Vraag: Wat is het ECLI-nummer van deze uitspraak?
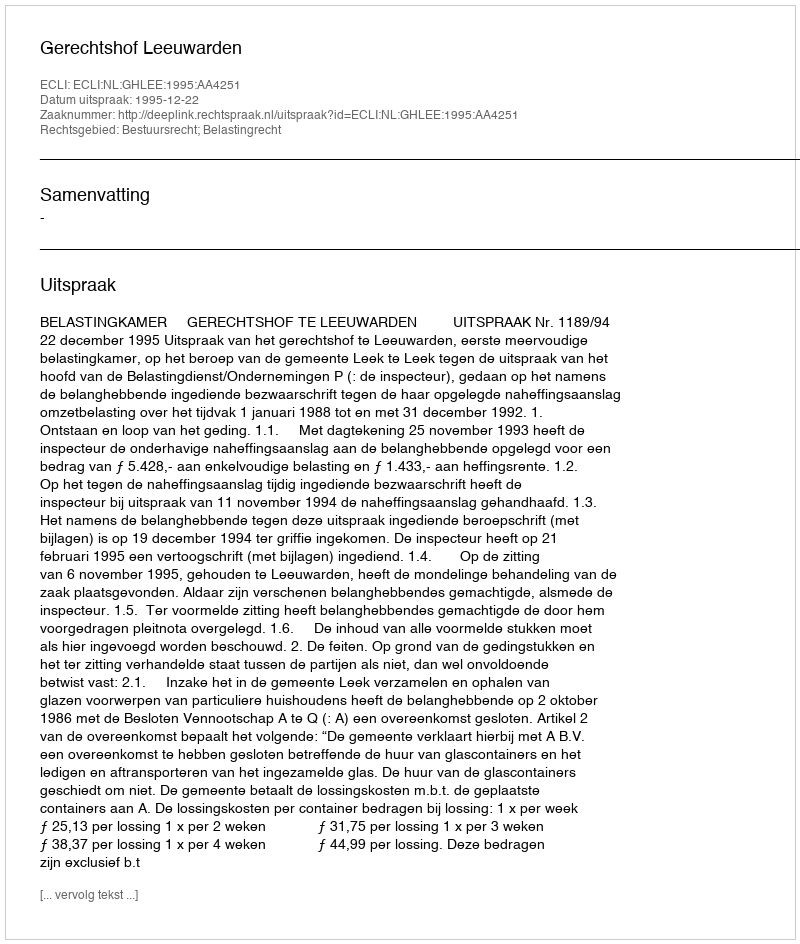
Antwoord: ECLI:NL:GHLEE:1995:AA4251